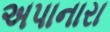
અપાનારા